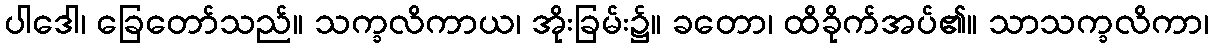
ပါဒေါ၊ ခြေတော်သည်။ သက္ခလိကာယ၊ အိုးခြမ်း၌။ ခတော၊ ထိခိုက်အပ်၏။ သာသက္ခလိကာ၊